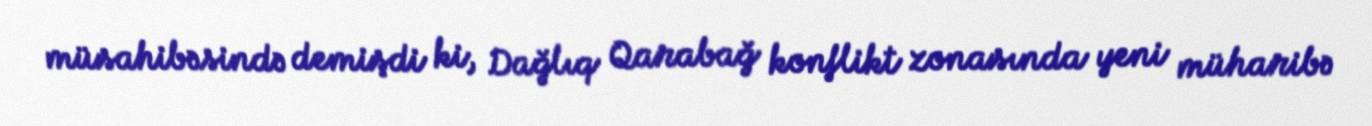
müsahibəsində demişdi ki, Dağlıq Qarabağ konflikt zonasında yeni müharibə